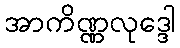
အာကိဏ္ဏလုဒ္ဒေါ